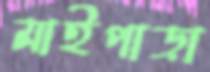
মাইপাড়া